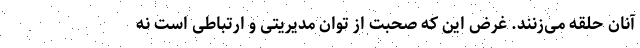
آنان حلقه می‌زنند. غرض این که صحبت از توان مدیریتی و ارتباطی است نه